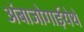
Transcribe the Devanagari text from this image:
अंबाजोगाईयेथे